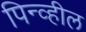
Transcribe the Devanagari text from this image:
पिन्व्हील